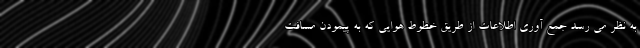
به نظر می رسد جمع آوری اطلاعات از طریق خطوط هوایی که به پیمودن مسافت